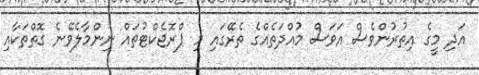
އަދި މީގެ އިތުރުންވެސް އަވަސް މުއްދަތެއްގެ ތެރޭގައި މި ޕްރޮޖެކްޓުތައް ނިންމާލެވޭނެ ގޮތްތަކާއި